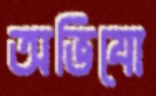
অভিযো